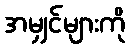
အမျှင်များကို